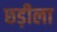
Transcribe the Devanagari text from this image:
छड़ीला